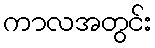
ကာလအတွင်း